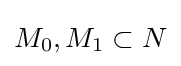
M_{0},M_{1}\subset N